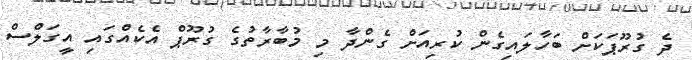
ދެ ގުރޫޕަކަށް ބަހާލައިގެން ކުރިއަށް ގެންދާ މި މުބާރާތުގެ ގުރޫޕް އެކެއްގައި އީގަލްސް